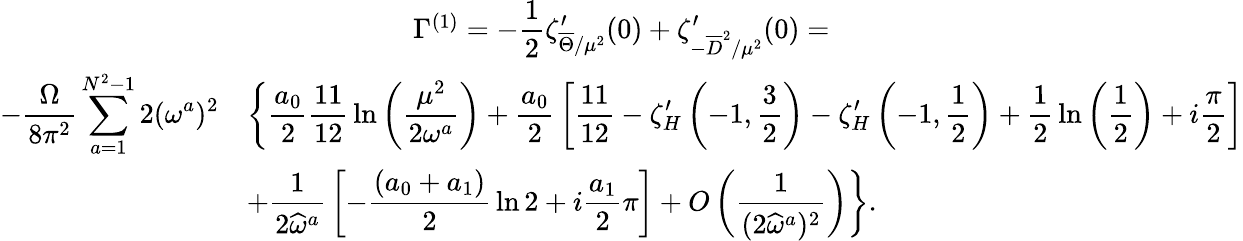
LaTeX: \begin{array}{c}{{\Gamma^{(1)}=\displaystyle-{\frac{1}{2}}\zeta_{\overline{{{\Theta}}}/\mu^{2}}^{\prime}(0)+\zeta_{-\overline{{{D}}}^{2}/\mu^{2}}^{\prime}(0)=}}\\ {{\begin{array}{ll}{{\displaystyle-{\frac{\Omega}{8\pi^{2}}}\sum_{a=1}^{N^{2}-1}2(\omega^{a})^{2}}}&{{\displaystyle\left\{ {\frac{a_{0}}{2}}{\frac{11}{12}}\ln\left(\frac{\mu^{2}}{2\omega^{a}}\right)+{\frac{a_{0}}{2}}\left[{\frac{11}{12}}-\zeta_{H}^{\prime}\left(-1,{\frac{3}{2}}\right)-\zeta_{H}^{\prime}\left(-1,{\frac{1}{2}}\right)+{\frac{1}{2}}\ln\left(\frac{1}{2}\right)+i{\frac{\pi}{2}}\right]\right.}}\\ {{}}&{{\displaystyle\left.+{\frac{1}{2\widehat{\omega}^{a}}}\left[-{\frac{(a_{0}+a_{1})}{2}}\ln 2+i{\frac{a_{1}}{2}}\pi\right]+O\left(\frac{1}{(2\widehat{\omega}^{a})^{2}}\right)\right\} .}}\end{array}}}\end{array}